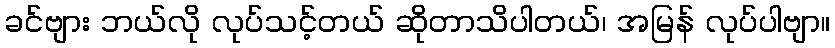
ခင်ဗျား ဘယ်လို လုပ်သင့်တယ် ဆိုတာသိပါတယ်၊ အမြန် လုပ်ပါဗျာ။